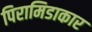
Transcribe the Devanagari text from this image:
पिरामिडाकार